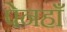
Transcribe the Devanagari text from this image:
पेनहाँ